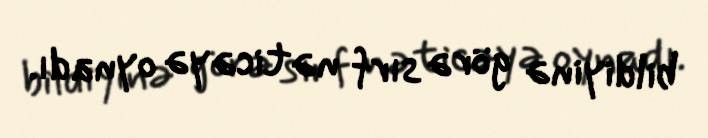
bildiyinə görə sırf nəticəyə oynadı.